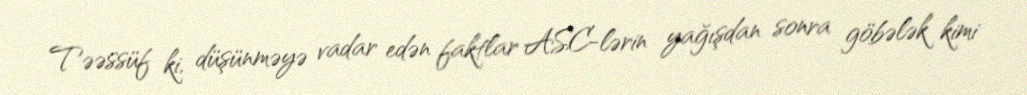
Təəssüf ki, düşünməyə vadar edən faktlar ASC-lərin yağışdan sonra göbələk kimi